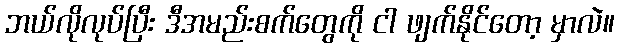
ဘယ်လိုလုပ်ပြီး ဒီအမည်းစက်တွေကို ငါ ဖျက်နိုင်တော့ မှာလဲ။